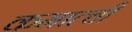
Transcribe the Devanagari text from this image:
कमात्ची